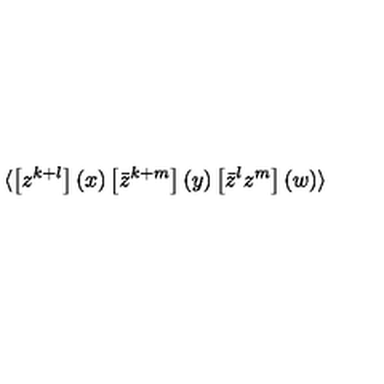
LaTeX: \langle \left[ z ^ { k + l } \right] ( x ) \left[ \bar { z } ^ { k + m } \right] ( y ) \left[ \bar { z } ^ { l } z ^ { m } \right] ( w ) \rangle